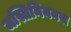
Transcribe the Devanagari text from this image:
जस्तिनियनस